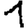
Digit: 1